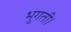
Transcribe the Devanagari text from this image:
भुगती।